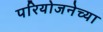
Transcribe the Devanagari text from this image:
परियोजनेच्या